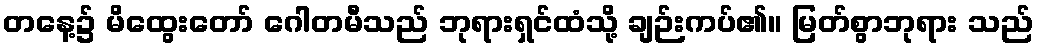
တနေ့၌ မိထွေးတော် ဂေါတမီသည် ဘုရားရှင်ထံသို့ ချဉ်းကပ်၏။ မြတ်စွာဘုရား သည်